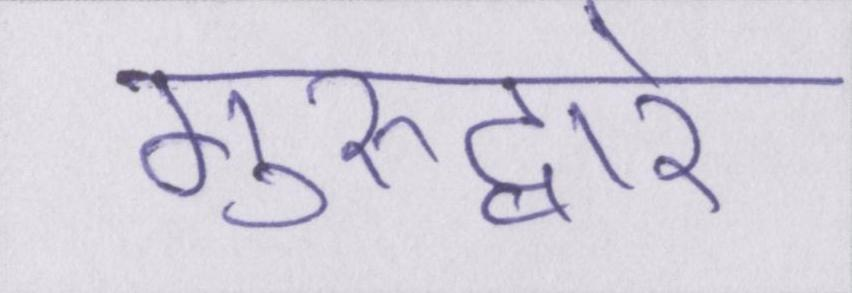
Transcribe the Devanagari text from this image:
गुरूद्वारे